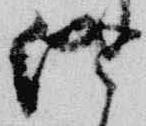
終